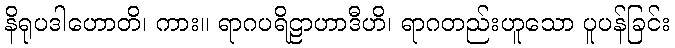
နိရုပဒါဟောတိ၊ ကား။ ရာဂပရိဠာဟာဒီဟိ၊ ရာဂတည်းဟူသော ပူပန်ခြင်း